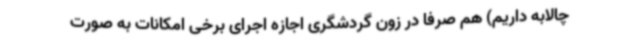
چالابه داریم) هم صرفا در زون گردشگری اجازه اجرای برخی امکانات به صورت